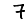
Digit: 7